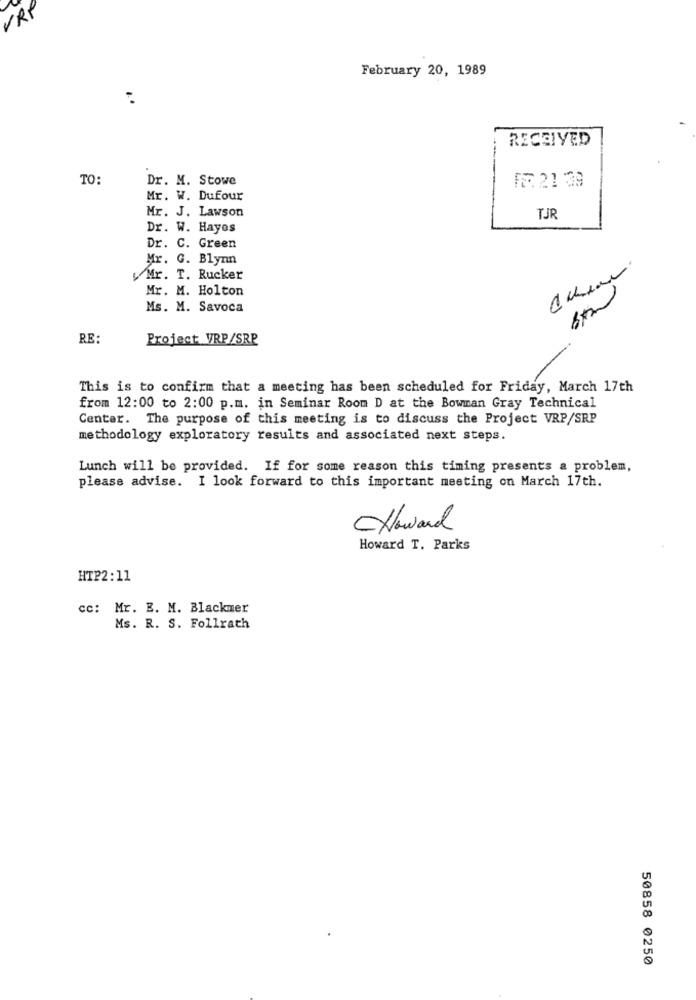
VRI
February 20, 1989
RECEIVED
TO:
Dr. M. Stowe
FÆ 21 :39
Mr. W. Dufour
Mr. J. Lawson
TJR
Dr. W. Hayes
Dr. C. Green
Mr. G. Blynn
Mr. T. Rucker
Mr. M. Holton
Ms. M. Savoca
RE
Project VRP/SRP
-
This is to confirm that a meeting has been scheduled for Friday, March 17th
from 12:00 to 2:00 p.m. in Seminar Room D at the Bowman Gray Technical
Center. The purpose of this meeting is to discuss the Project VRP/SRP
methodology exploratory results and associated next steps.
Lunch will be provided. If for some reason this timing presents a problem,
please advise. I look forward to this important meeting on March 17th.
Howard
Howard T. Parks
HTP2:11
cc: Mr. E. M. Blackmer
Ms. R. S. Follrath
50858 0250